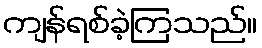
ကျန်ရစ်ခဲ့ကြသည်။